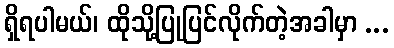
ရှိရပါမယ်၊ ထိုသို့ပြုပြင်လိုက်တဲ့အခါမှာ ...